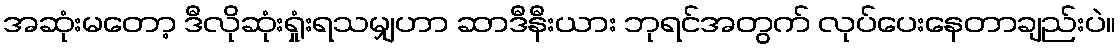
အဆုံးမတော့ ဒီလိုဆုံးရှုံးရသမျှဟာ ဆာဒီနီးယား ဘုရင်အတွက် လုပ်ပေးနေတာချည်းပဲ။